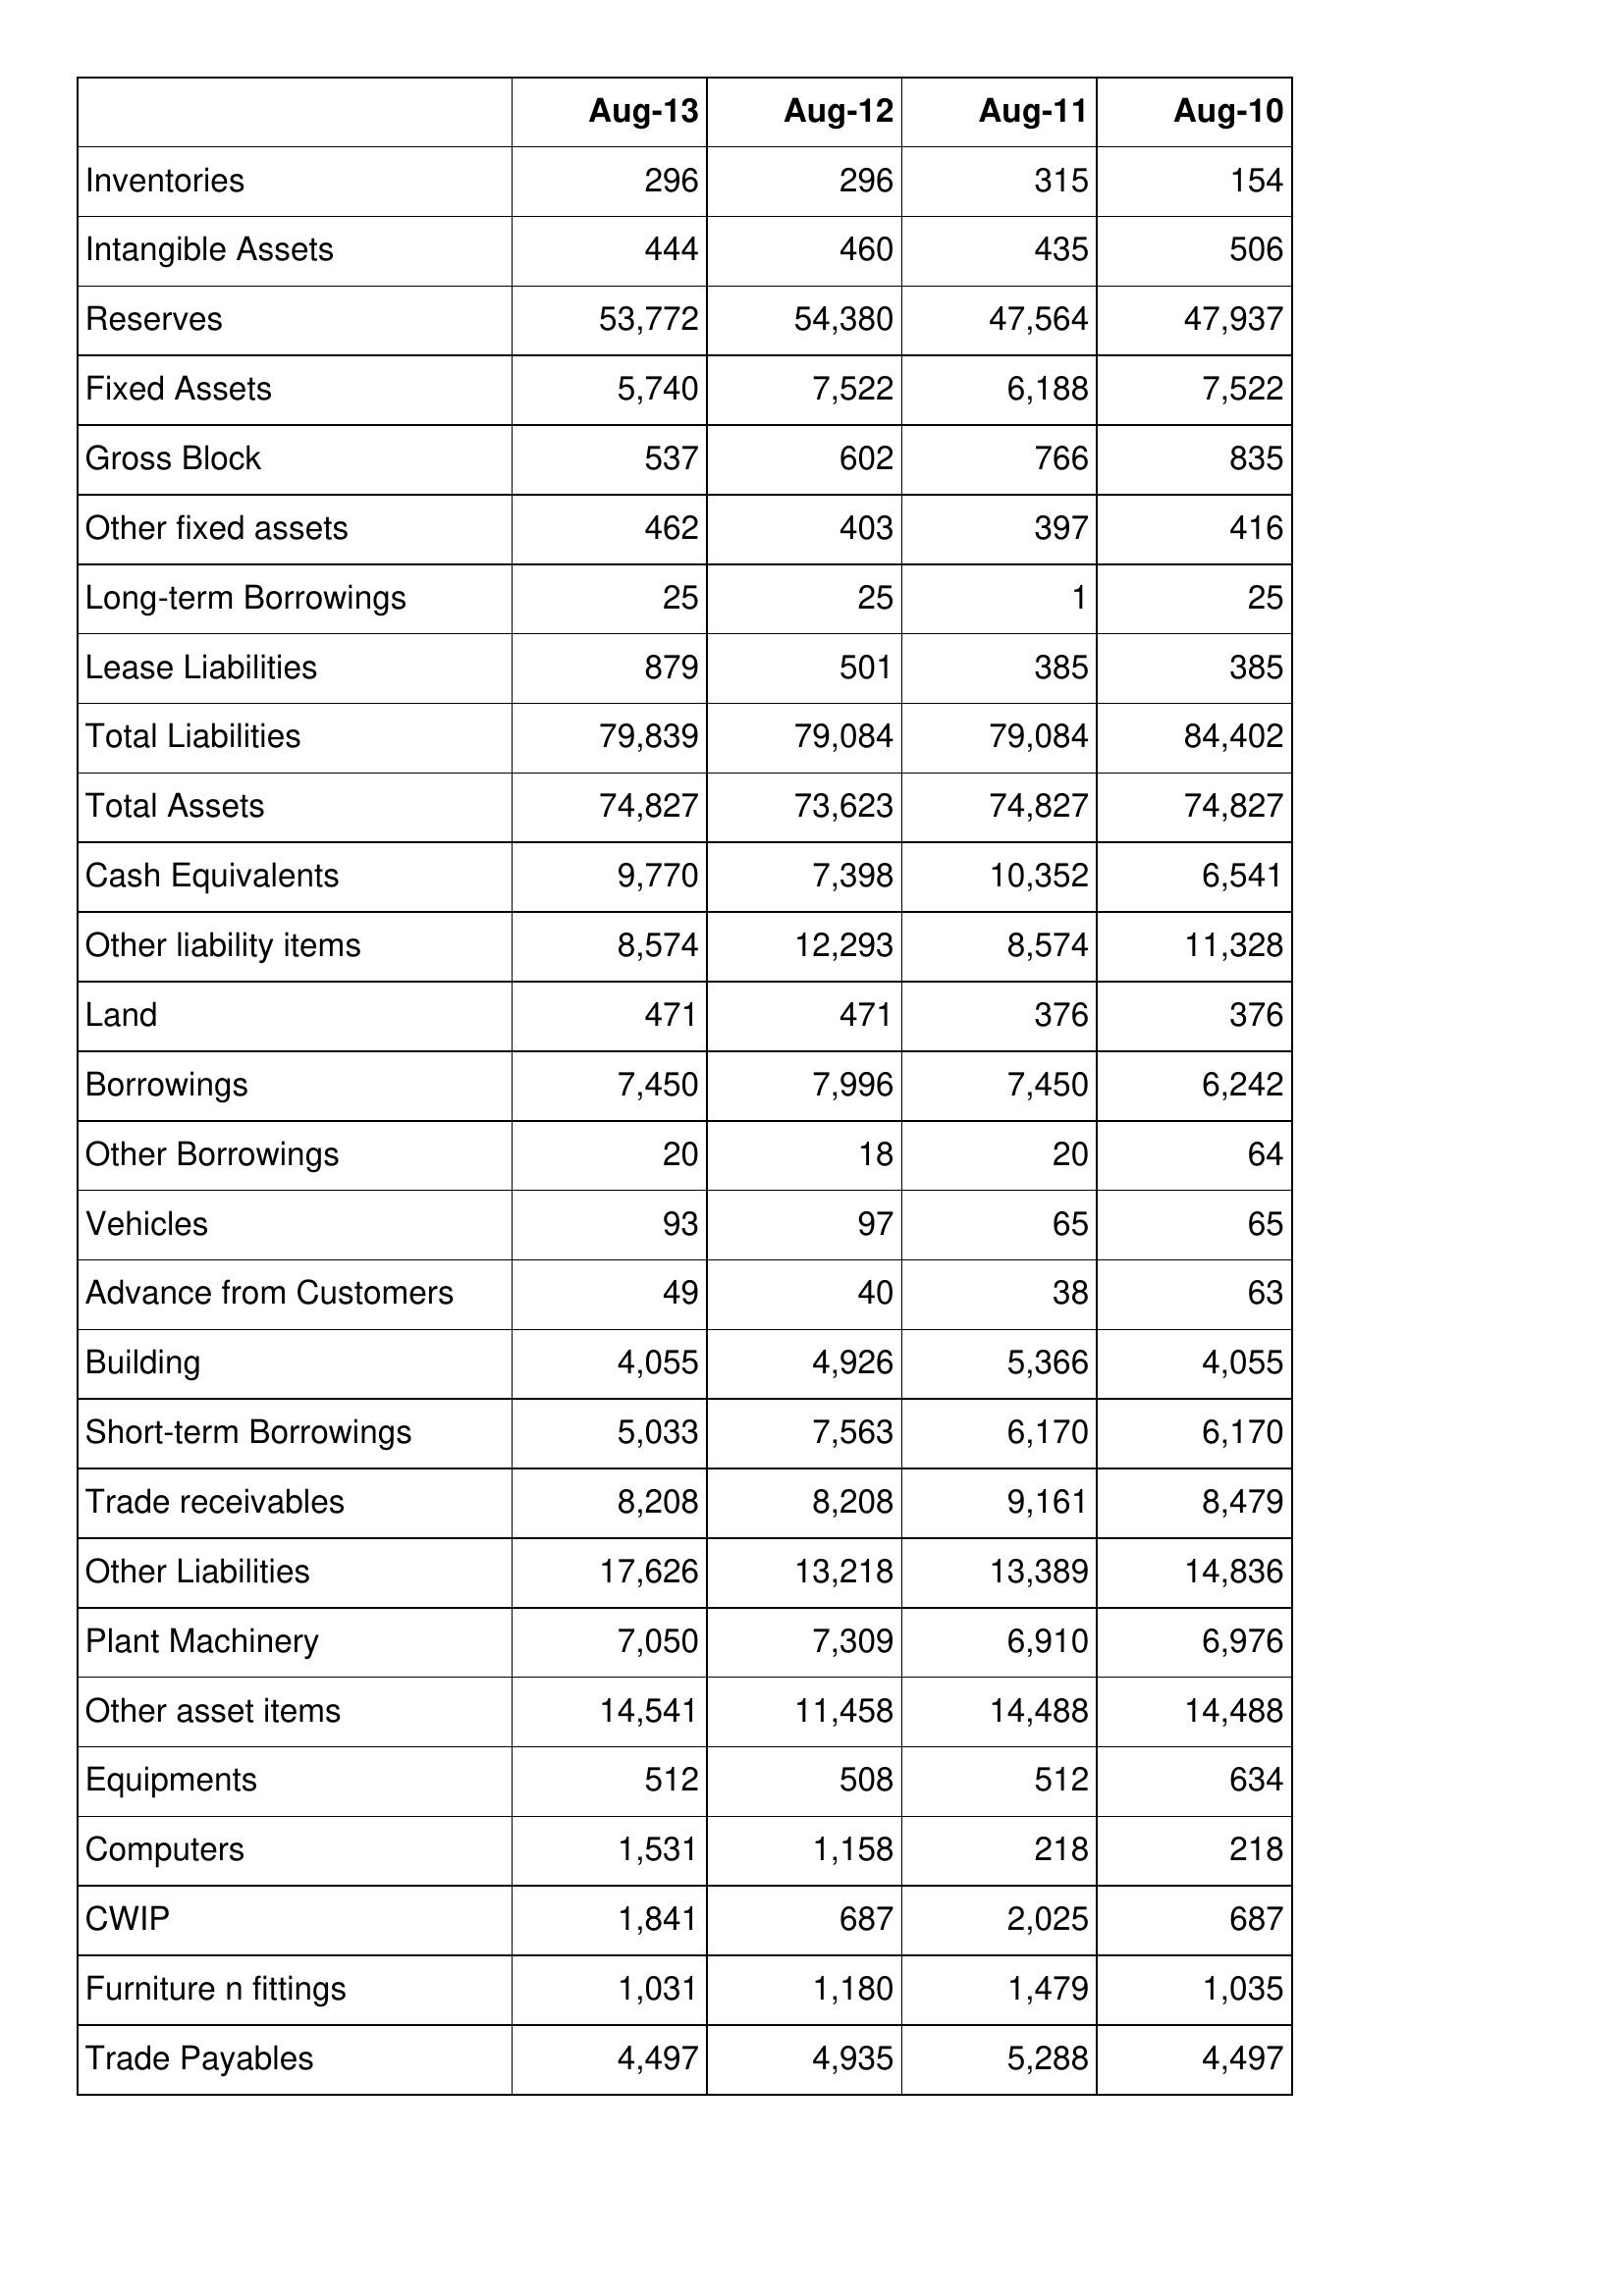
Aug-13: Balance Sheet: Inventories: 296
Intangible Assets: 444
Reserves: 53,772
Fixed Assets: 5,740
Gross Block: 537
Other fixed assets: 462
Long-term Borrowings: 25
Lease Liabilities: 879
Total Liabilities: 79,839
Total Assets: 74,827
Cash Equivalents: 9,770
Other liability items: 8,574
Land: 471
Borrowings: 7,450
Other Borrowings: 20
Vehicles: 93
Advance from Customers: 49
Building: 4,055
Short-term Borrowings: 5,033
Trade receivables: 8,208
Other Liabilities: 17,626
Plant Machinery: 7,050
Other asset items: 14,541
Equipments: 512
Computers: 1,531
CWIP: 1,841
Furniture n fittings: 1,031
Trade Payables: 4,497
Aug-12: Balance Sheet: Inventories: 296
Intangible Assets: 460
Reserves: 54,380
Fixed Assets: 7,522
Gross Block: 602
Other fixed assets: 403
Long-term Borrowings: 25
Lease Liabilities: 501
Total Liabilities: 79,084
Total Assets: 73,623
Cash Equivalents: 7,398
Other liability items: 12,293
Land: 471
Borrowings: 7,996
Other Borrowings: 18
Vehicles: 97
Advance from Customers: 40
Building: 4,926
Short-term Borrowings: 7,563
Trade receivables: 8,208
Other Liabilities: 13,218
Plant Machinery: 7,309
Other asset items: 11,458
Equipments: 508
Computers: 1,158
CWIP: 687
Furniture n fittings: 1,180
Trade Payables: 4,935
Aug-11: Balance Sheet: Inventories: 315
Intangible Assets: 435
Reserves: 47,564
Fixed Assets: 6,188
Gross Block: 766
Other fixed assets: 397
Long-term Borrowings: 1
Lease Liabilities: 385
Total Liabilities: 79,084
Total Assets: 74,827
Cash Equivalents: 10,352
Other liability items: 8,574
Land: 376
Borrowings: 7,450
Other Borrowings: 20
Vehicles: 65
Advance from Customers: 38
Building: 5,366
Short-term Borrowings: 6,170
Trade receivables: 9,161
Other Liabilities: 13,389
Plant Machinery: 6,910
Other asset items: 14,488
Equipments: 512
Computers: 218
CWIP: 2,025
Furniture n fittings: 1,479
Trade Payables: 5,288
Aug-10: Balance Sheet: Inventories: 154
Intangible Assets: 506
Reserves: 47,937
Fixed Assets: 7,522
Gross Block: 835
Other fixed assets: 416
Long-term Borrowings: 25
Lease Liabilities: 385
Total Liabilities: 84,402
Total Assets: 74,827
Cash Equivalents: 6,541
Other liability items: 11,328
Land: 376
Borrowings: 6,242
Other Borrowings: 64
Vehicles: 65
Advance from Customers: 63
Building: 4,055
Short-term Borrowings: 6,170
Trade receivables: 8,479
Other Liabilities: 14,836
Plant Machinery: 6,976
Other asset items: 14,488
Equipments: 634
Computers: 218
CWIP: 687
Furniture n fittings: 1,035
Trade Payables: 4,497